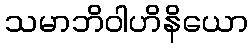
သမာဘိဝါဟိနိယော